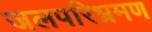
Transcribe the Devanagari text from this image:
जलपरिभ्रमण